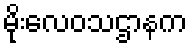
မိုးလေဝသဌာနက